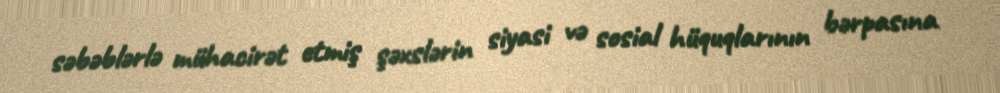
səbəblərlə mühacirət etmiş şəxslərin siyasi və sosial hüquqlarının bərpasına